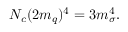
N _ { c } ( 2 m _ { q } ) ^ { 4 } = 3 m _ { \sigma } ^ { 4 } .